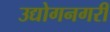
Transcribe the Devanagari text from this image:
उद्योगनगरी